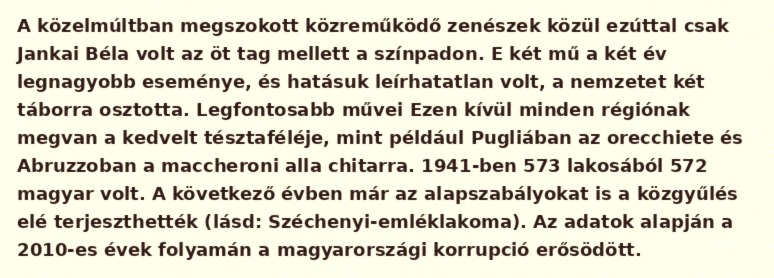
A közelmúltban megszokott közreműködő zenészek közül ezúttal csak Jankai Béla volt az öt tag mellett a színpadon. E két mű a két év legnagyobb eseménye, és hatásuk leírhatatlan volt, a nemzetet két táborra osztotta. Legfontosabb művei Ezen kívül minden régiónak megvan a kedvelt tésztaféléje, mint például Pugliában az orecchiete és Abruzzoban a maccheroni alla chitarra. 1941-ben 573 lakosából 572 magyar volt. A következő évben már az alapszabályokat is a közgyűlés elé terjeszthették (lásd: Széchenyi-emléklakoma). Az adatok alapján a 2010-es évek folyamán a magyarországi korrupció erősödött.